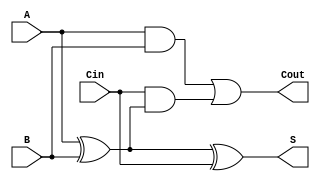
module fulladder(input A,input B, input Cin ,output S,output Cout);

assign S = (A^B)^Cin;
assign Cout = (A&B)|(Cin&(A^B));

endmodule